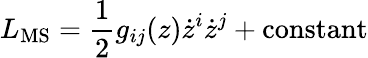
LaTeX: L_{\mathrm{MS}}={\frac{1}{2}}g_{ij}(z)\dot{z}^{i}\dot{z}^{j}+\mathrm{constant}